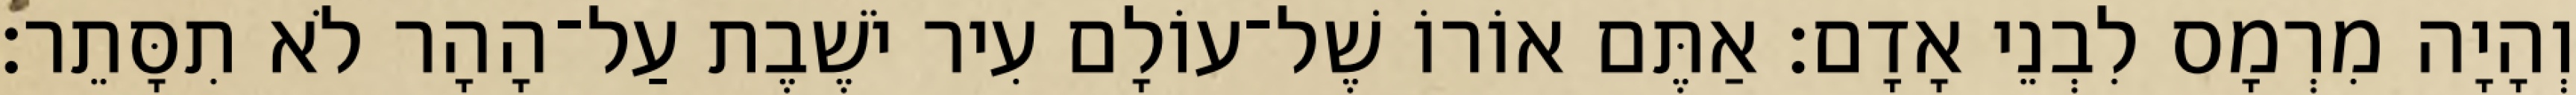
וְהָיָה מִרְמָס לִבְנֵי אָדָם׃ אַתֶּם אוֹרוֹ שֶׁל־עוֹלָם עִיר יֹשֶׁבֶת עַל־הָהָר לֹא תִסָּתֵר׃